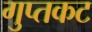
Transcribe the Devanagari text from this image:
गुप्तकट